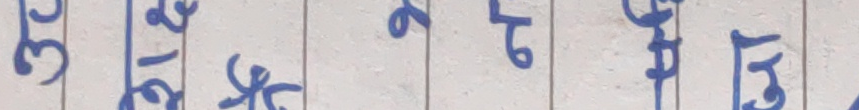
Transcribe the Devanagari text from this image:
३१७२५४९१३६८